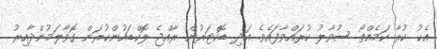
އެކު ކުރާ ކަމެއްތޯ ސުވާލު ކުރައްވާފައެވެ. އަދި ޑޮކްޓަރުން ރާއްޖެ ލޮކްޑައުންކުރަން ގޮވާލަމުންދާއިރު